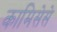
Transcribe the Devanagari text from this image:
कामिसेसे